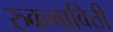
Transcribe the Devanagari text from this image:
रुकमावित्ती